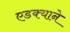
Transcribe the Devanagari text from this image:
एडक्याने